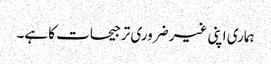
ہماری اپنی غیر ضروری ترجیحات کا ہے۔